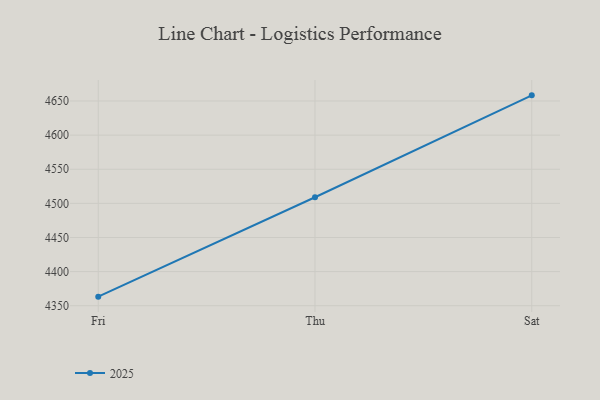
{"axis": {"x": "Day", "y": "Waste Production (Tons)"}, "legend": ["2025"], "data": [{"x": "Fri", "y": 4363.3, "type": "2025"}, {"x": "Thu", "y": 4509.0, "type": "2025"}, {"x": "Sat", "y": 4658.3, "type": "2025"}]}